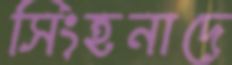
সিংহনাদে